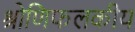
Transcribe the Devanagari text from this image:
श्रोणिफलकीय